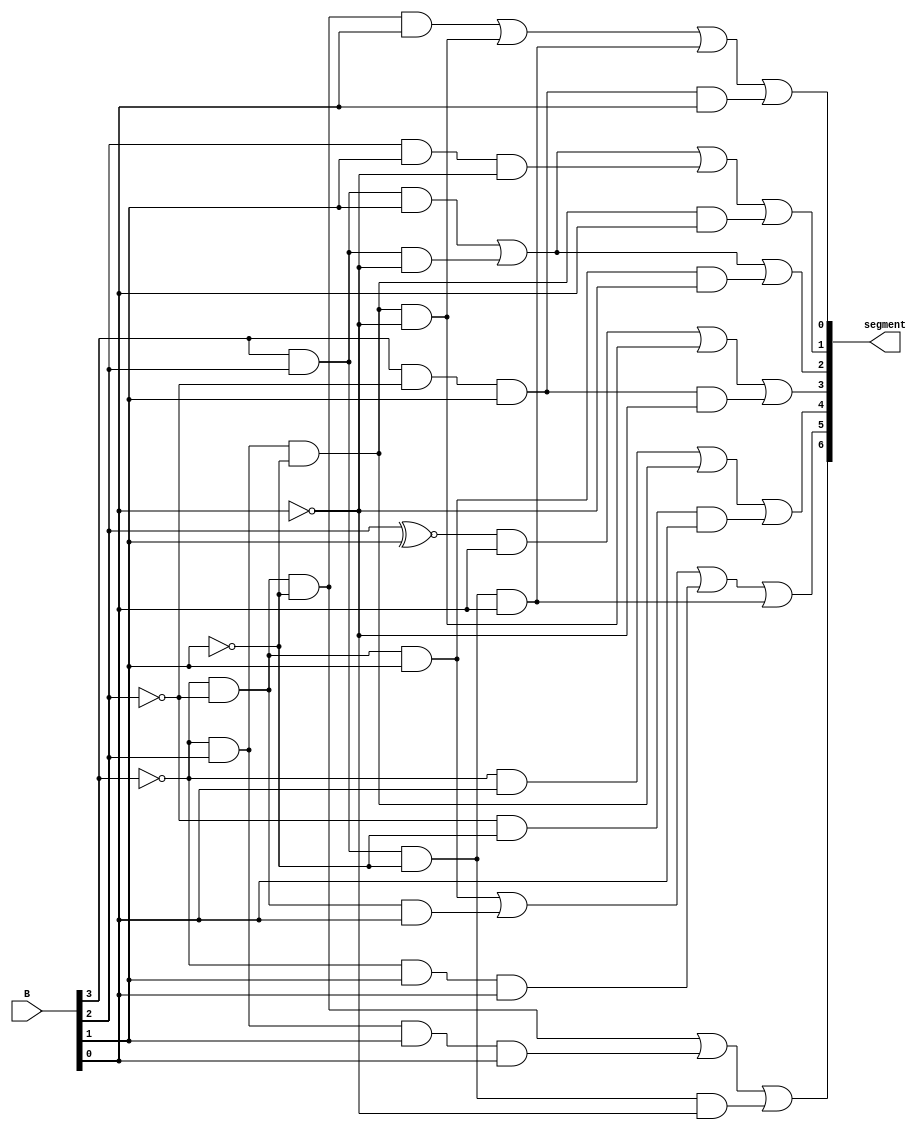
/* module sevenSegment_bitwise
*
*  Purpose: Set the segments of a seven segment display
*
*  Student: Jonathan Boryla
*		    
*/
module sevenSegment_bitwise( B, segment);

	input wire [3:0]B;
	output wire [6:0]segment;
	
	assign segment[0] = ~B[3]&~B[2]&~B[1]&B[0] | ~B[3]&B[2]&~B[1]&~B[0] | B[3]&B[2]&~B[1]&B[0] | B[3]&~B[2]&B[1]&B[0];
		
	assign segment[1]=B[3]&B[2]&B[1]|B[3]&B[2]&~B[0]|B[2]&B[1]&~B[0]|~B[3]&B[2]&~B[1]&B[0];

	assign segment[2]=B[3]&B[2]&B[1]|B[3]&B[2]&~B[0]|~B[3]&~B[2]&B[1]&~B[0];
	
	assign segment[3]=(B[2]~^B[1])&B[0]|~B[3]&B[2]&~B[1]&~B[0]|B[3]&~B[2]&B[1]&~B[0];
	
	assign segment[4]=~B[3]&B[0]|~B[3]&B[2]&~B[1]|~B[2]&~B[1]&B[0];
	
	assign segment[5]=~B[3]&~B[2]&B[1]|~B[3]&~B[2]&B[0]|~B[3]&B[1]&B[0]|B[3]&B[2]&~B[1]&B[0];
	
	assign segment[6]=~B[3]&~B[2]&~B[1]|~B[3]&B[2]&B[1]&B[0]|B[3]&B[2]&~B[1]&~B[0];






endmodule